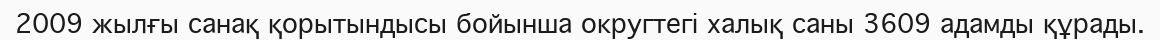
2009 жылғы санақ қорытындысы бойынша округтегі халық саны 3609 адамды құрады.